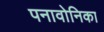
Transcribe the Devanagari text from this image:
पनावोनिका